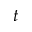
t